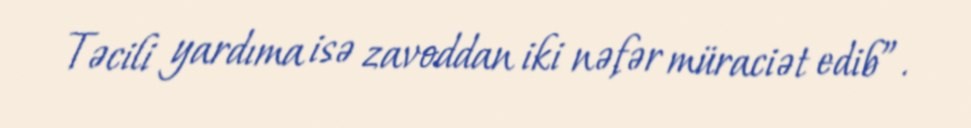
Təcili yardıma isə zavoddan iki nəfər müraciət edib”.